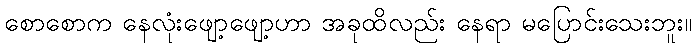
စောစောက နေလုံးဖျော့ဖျော့ဟာ အခုထိလည်း နေရာ မပြောင်းသေးဘူး။